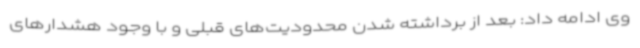
وی ادامه داد: بعد از برداشته شدن محدودیت‌های قبلی و با وجود هشدارهای